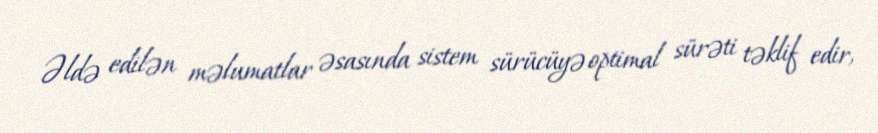
Əldə edilən məlumatlar əsasında sistem sürücüyə optimal sürəti təklif edir,